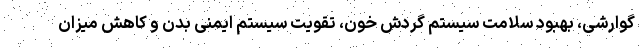
گوارشی، بهبود سلامت سیستم گردش خون، تقویت سیستم ایمنی بدن و کاهش میزان